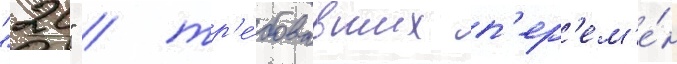
"20" / тр'е́бовавших п'ер'ем'е́н